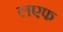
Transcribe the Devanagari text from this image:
लएफ